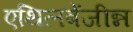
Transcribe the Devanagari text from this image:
एथिलबेंजीन्न